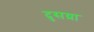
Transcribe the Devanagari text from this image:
दुसय्रा